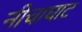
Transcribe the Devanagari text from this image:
नीचाघाट